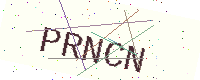
Text: PRNCN